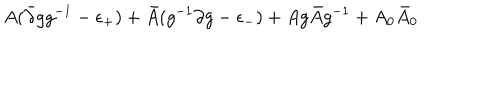
A ( \bar { \partial } g g ^ { - 1 } - \epsilon _ { + } ) + \bar { A } ( g ^ { - 1 } \partial g - \epsilon _ { - } ) + A g \bar { A } g ^ { - 1 } + A _ { 0 } \bar { A } _ { 0 }